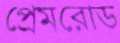
প্রেমরোড